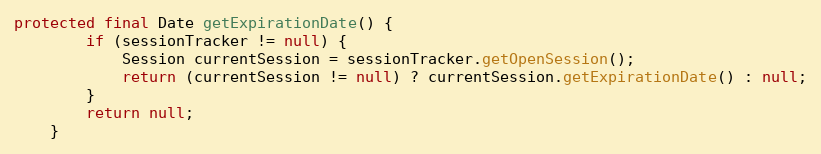
Language: Java
protected final Date getExpirationDate() {
        if (sessionTracker != null) {
            Session currentSession = sessionTracker.getOpenSession();
            return (currentSession != null) ? currentSession.getExpirationDate() : null;
        }
        return null;
    }